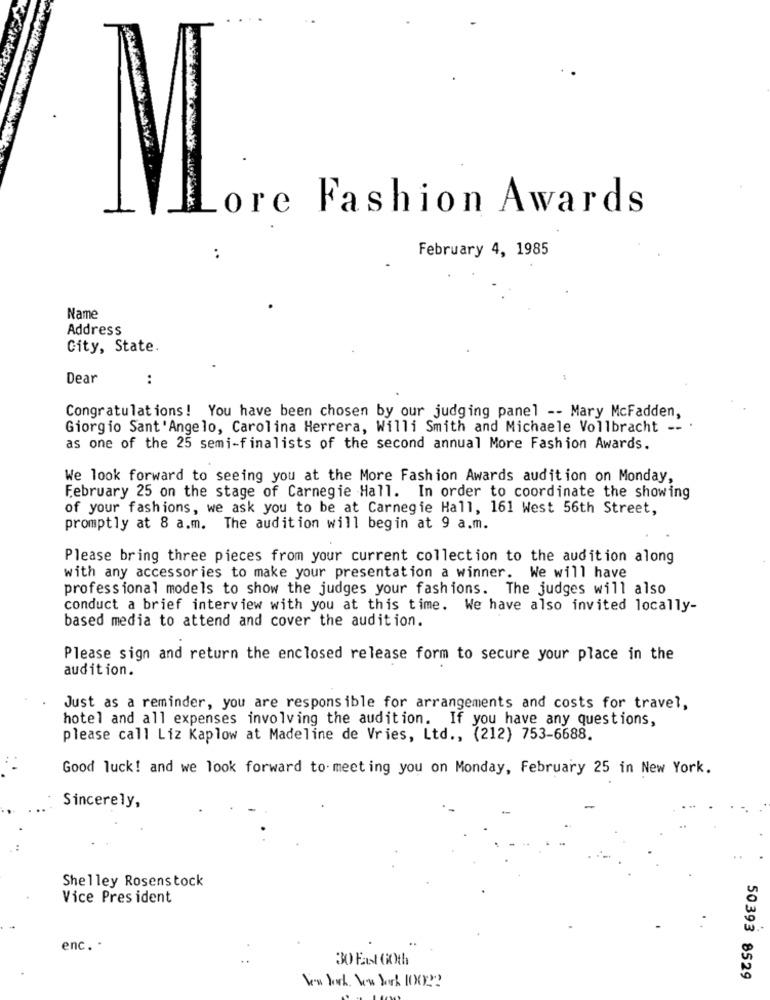
1
ore Fashion Awards
February 4, 1985
..
Name
Address
City, State.
Dear
:
Congratulations! You have been chosen by our judging panel -- Mary McFadden,
Giorgio Sant'Angelo, Carolina Herrera, Willi Smith and Michaele Vollbracht --
as one of the 25 semi-finalists of the second annual More Fashion Awards.
We look forward to seeing you at the More Fashion Awards audition on Monday,
February 25 on the stage of Carnegie Hall. In order to coordinate the showing
of your fashions, we ask you to be at Carnegie Hall, 161 West 56th Street,
promptly at 8 a.m. The audition will begin at 9 a.m.
Please bring three pieces from your current collection to the audition along
with any accessories to make your presentation a winner. We will have
professional models to show the judges your fashions. The judges will also
conduct a brief interview with you at this time. We have also invited locally-
based media to attend and cover the audition.
Please sign and return the enclosed release form to secure your place in the
audition.
Just as a reminder, you are responsible for arrangements and costs for travel,
hotel and all expenses involving the audition. If you have any questions,
please call Liz Kaplow at Madeline de Vries, Ltd ., (212) 753-6688.
Good luck! and we look forward to meeting you on Monday, February 25 in New York.
Sincerely,
Shelley Rosenstock
Vice Pres ident
enc. .
30 Fast Goth
50393 8529
Von lock. New York I0X2?